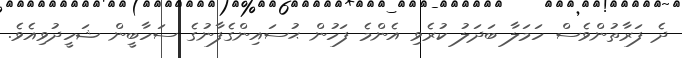
ދެ ފަރާތުންވެސް ހަމަލާ ބަދަލު ކުރެވި އެންމެ ފަހުން ޙުސައިންގެފާނުގެ ސަހާބީން ޝަހީދުވިއެވެ.